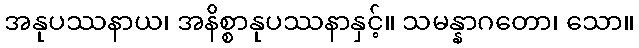
အနုပဿနာယ၊ အနိစ္စာနုပဿနာနှင့်။ သမန္နာဂတော၊ သော။